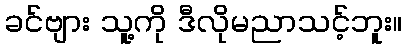
ခင်ဗျား သူ့ကို ဒီလိုမညာသင့်ဘူး။